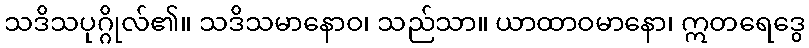
သဒိသပုဂ္ဂိုလ်၏။ သဒိသမာနောဝ၊ သည်သာ။ ယာထာဝမာနော၊ ဣတရေဒွေ